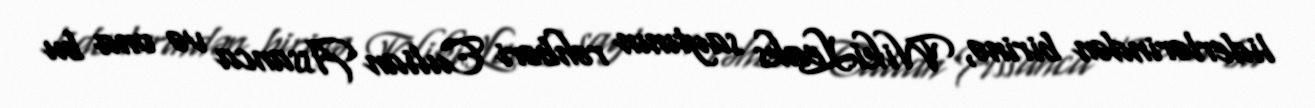
liderlərindən birinə, WikiLeaks saytının rəhbəri Culian Assanca və ona bu